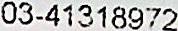
03-41318972